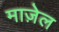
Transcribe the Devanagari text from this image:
माज़ेल